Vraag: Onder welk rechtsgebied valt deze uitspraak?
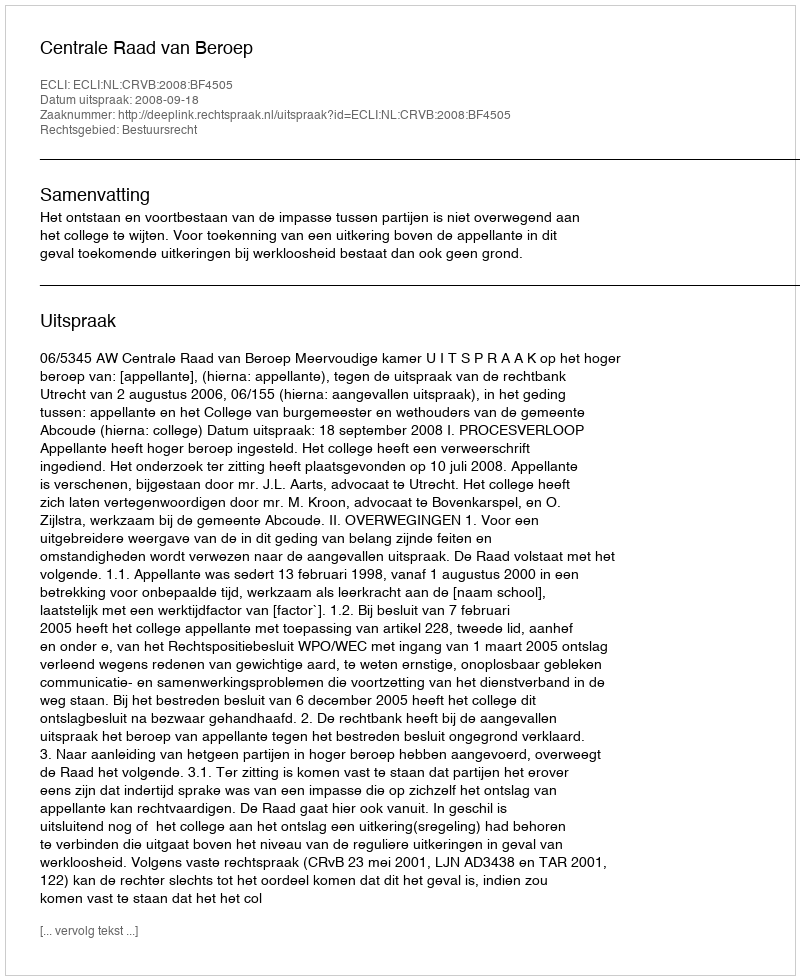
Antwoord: Bestuursrecht